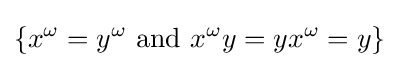
\{x^{\omega }=y^{\omega }{\text{ and }}x^{\omega }y=yx^{\omega }=y\}